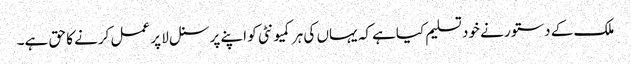
ملک کے دستور نے خود تسلیم کیاہے کہ یہاں کی ہر کمیونٹی کو اپنے پرسنل لا پر عمل کرنے کا حق ہے۔